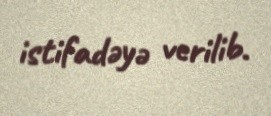
istifadəyə verilib.